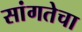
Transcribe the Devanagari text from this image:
सांगतेचा